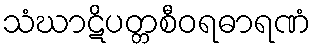
သံဃာဋိပတ္တစီဝရဓာရဏံ